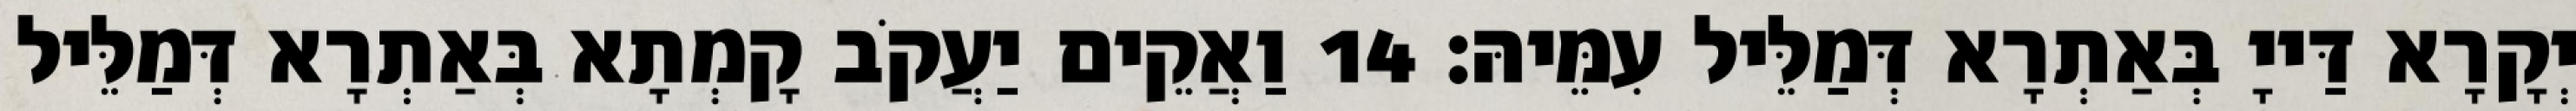
יְקָרָא דַּייָ בְּאַתְרָא דְּמַלֵּיל עִמֵּיהּ׃ 14 וַאֲקֵים יַעֲקֹב קָמְתָא בְּאַתְרָא דְּמַלֵּיל